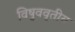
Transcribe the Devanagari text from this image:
विषुववृतीय